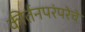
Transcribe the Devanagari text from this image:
कीर्तनपरंपरेचे